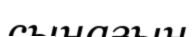
сынағын